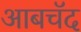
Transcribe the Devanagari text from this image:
आबचॅद